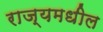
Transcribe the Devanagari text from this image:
राज्यमधील